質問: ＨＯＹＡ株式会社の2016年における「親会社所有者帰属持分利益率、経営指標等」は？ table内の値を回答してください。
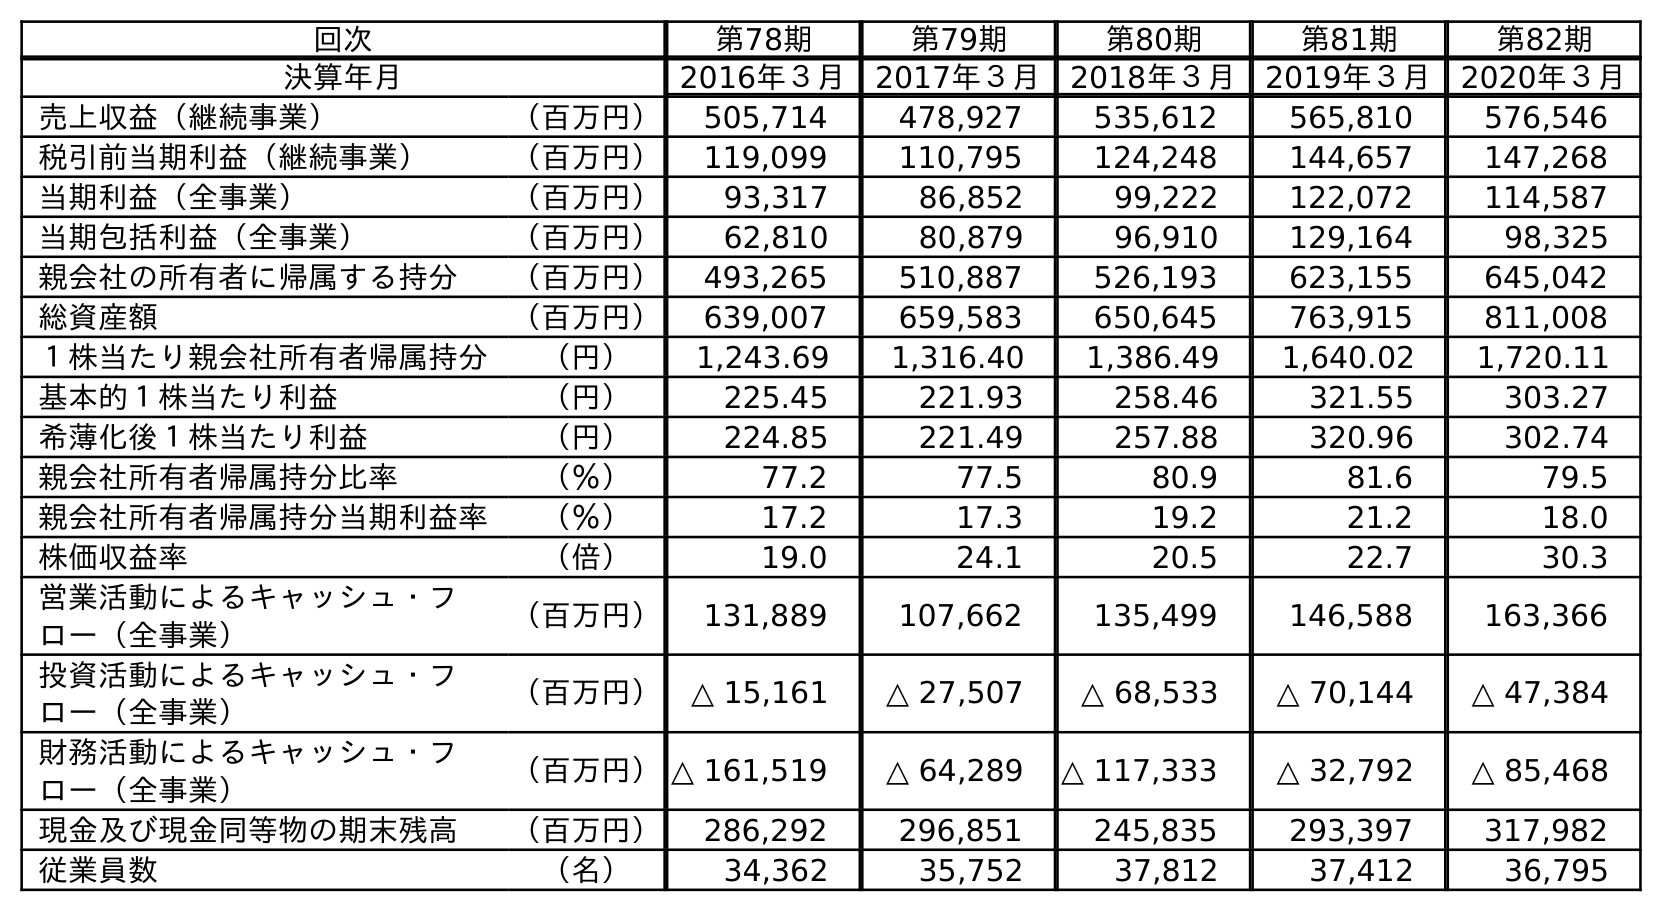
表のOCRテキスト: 回次 第78期 第79期 第80期 第81期 第82期 決算年月 2016年３月 2017年３月 2018年３月 2019年３月 2020年３月 売上収益（継続事業） （百万円） 505,714 478,927 535,612 565,810 576,546 税引前当期利益（継続事業） （百万円） 119,099 110,795 124,248 144,657 147,268 当期利益（全事業） （百万円） 93,317 86,852 99,222 122,072 114,587 当期包括利益（全事業） （百万円） 62,810 80,879 96,910 129,164 98,325 親会社の所有者に帰属する持分 （百万円） 493,265 510,887 526,193 623,155 645,042 総資産額 （百万円） 639,007 659,583 650,645 763,915 811,008 １株当たり親会社所有者帰属持分 （円） 1,243.69 1,316.40 1,386.49 1,640.02 1,720.11 基本的１株当たり利益 （円） 225.45 221.93 258.46 321.55 303.27 希薄化後１株当たり利益 （円） 224.85 221.49 257.88 320.96 302.74 親会社所有者帰属持分比率 （％） 77.2 77.5 80.9 81.6 79.5 親会社所有者帰属持分当期利益率 （％） 17.2 17.3 19.2 21.2 18.0 株価収益率 （倍） 19.0 24.1 20.5 22.7 30.3 営業活動によるキャッシュ・フ ロー（全事業） （百万円） 131,889 107,662 135,499 146,588 163,366 投資活動によるキャッシュ・フ ロー（全事業） （百万円） △ 15,161 △ 27,507 △ 68,533 △ 70,144 △ 47,384 財務活動によるキャッシュ・フ ロー（全事業） （百万円）△ 161,519 △ 64,289 △ 117,333 △ 32,792 △ 85,468 現金及び現金同等物の期末残高 （百万円） 286,292 296,851 245,835 293,397 317,982 従業員数 （名） 34,362 35,752 37,812 37,412 36,795
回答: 17.2